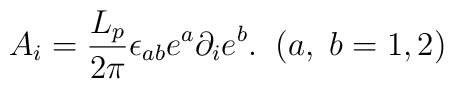
A_i=\frac{L_p}{2\pi }\epsilon _{ab}e^a\partial _ie^b.\;\;(a,\;b=1,2)